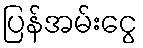
ပြန်အမ်းငွေ